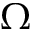
\boldsymbol { \Omega }